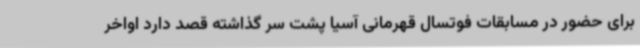
برای حضور در مسابقات فوتسال قهرمانی آسیا پشت سر گذاشته قصد دارد اواخر